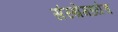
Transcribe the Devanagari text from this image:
संस्थेमध्येच